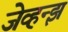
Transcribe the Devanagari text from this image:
जेव्हन्झ